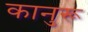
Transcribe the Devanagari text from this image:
कानुरू